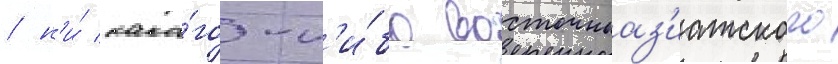
/ н'и́ како́го-л'и́бо восточноаз'иатского